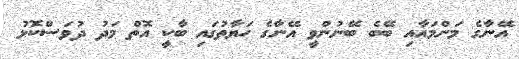
އޭނާގެ މަންމައާއި ބޭބެ ބޭނުންވީ އޭނާގެ ހަޔާތުގައި ބާކީ އޮތް މަދު ދުވަސްކޮޅު